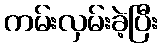
ကမ်းလှမ်းခဲ့ပြီး